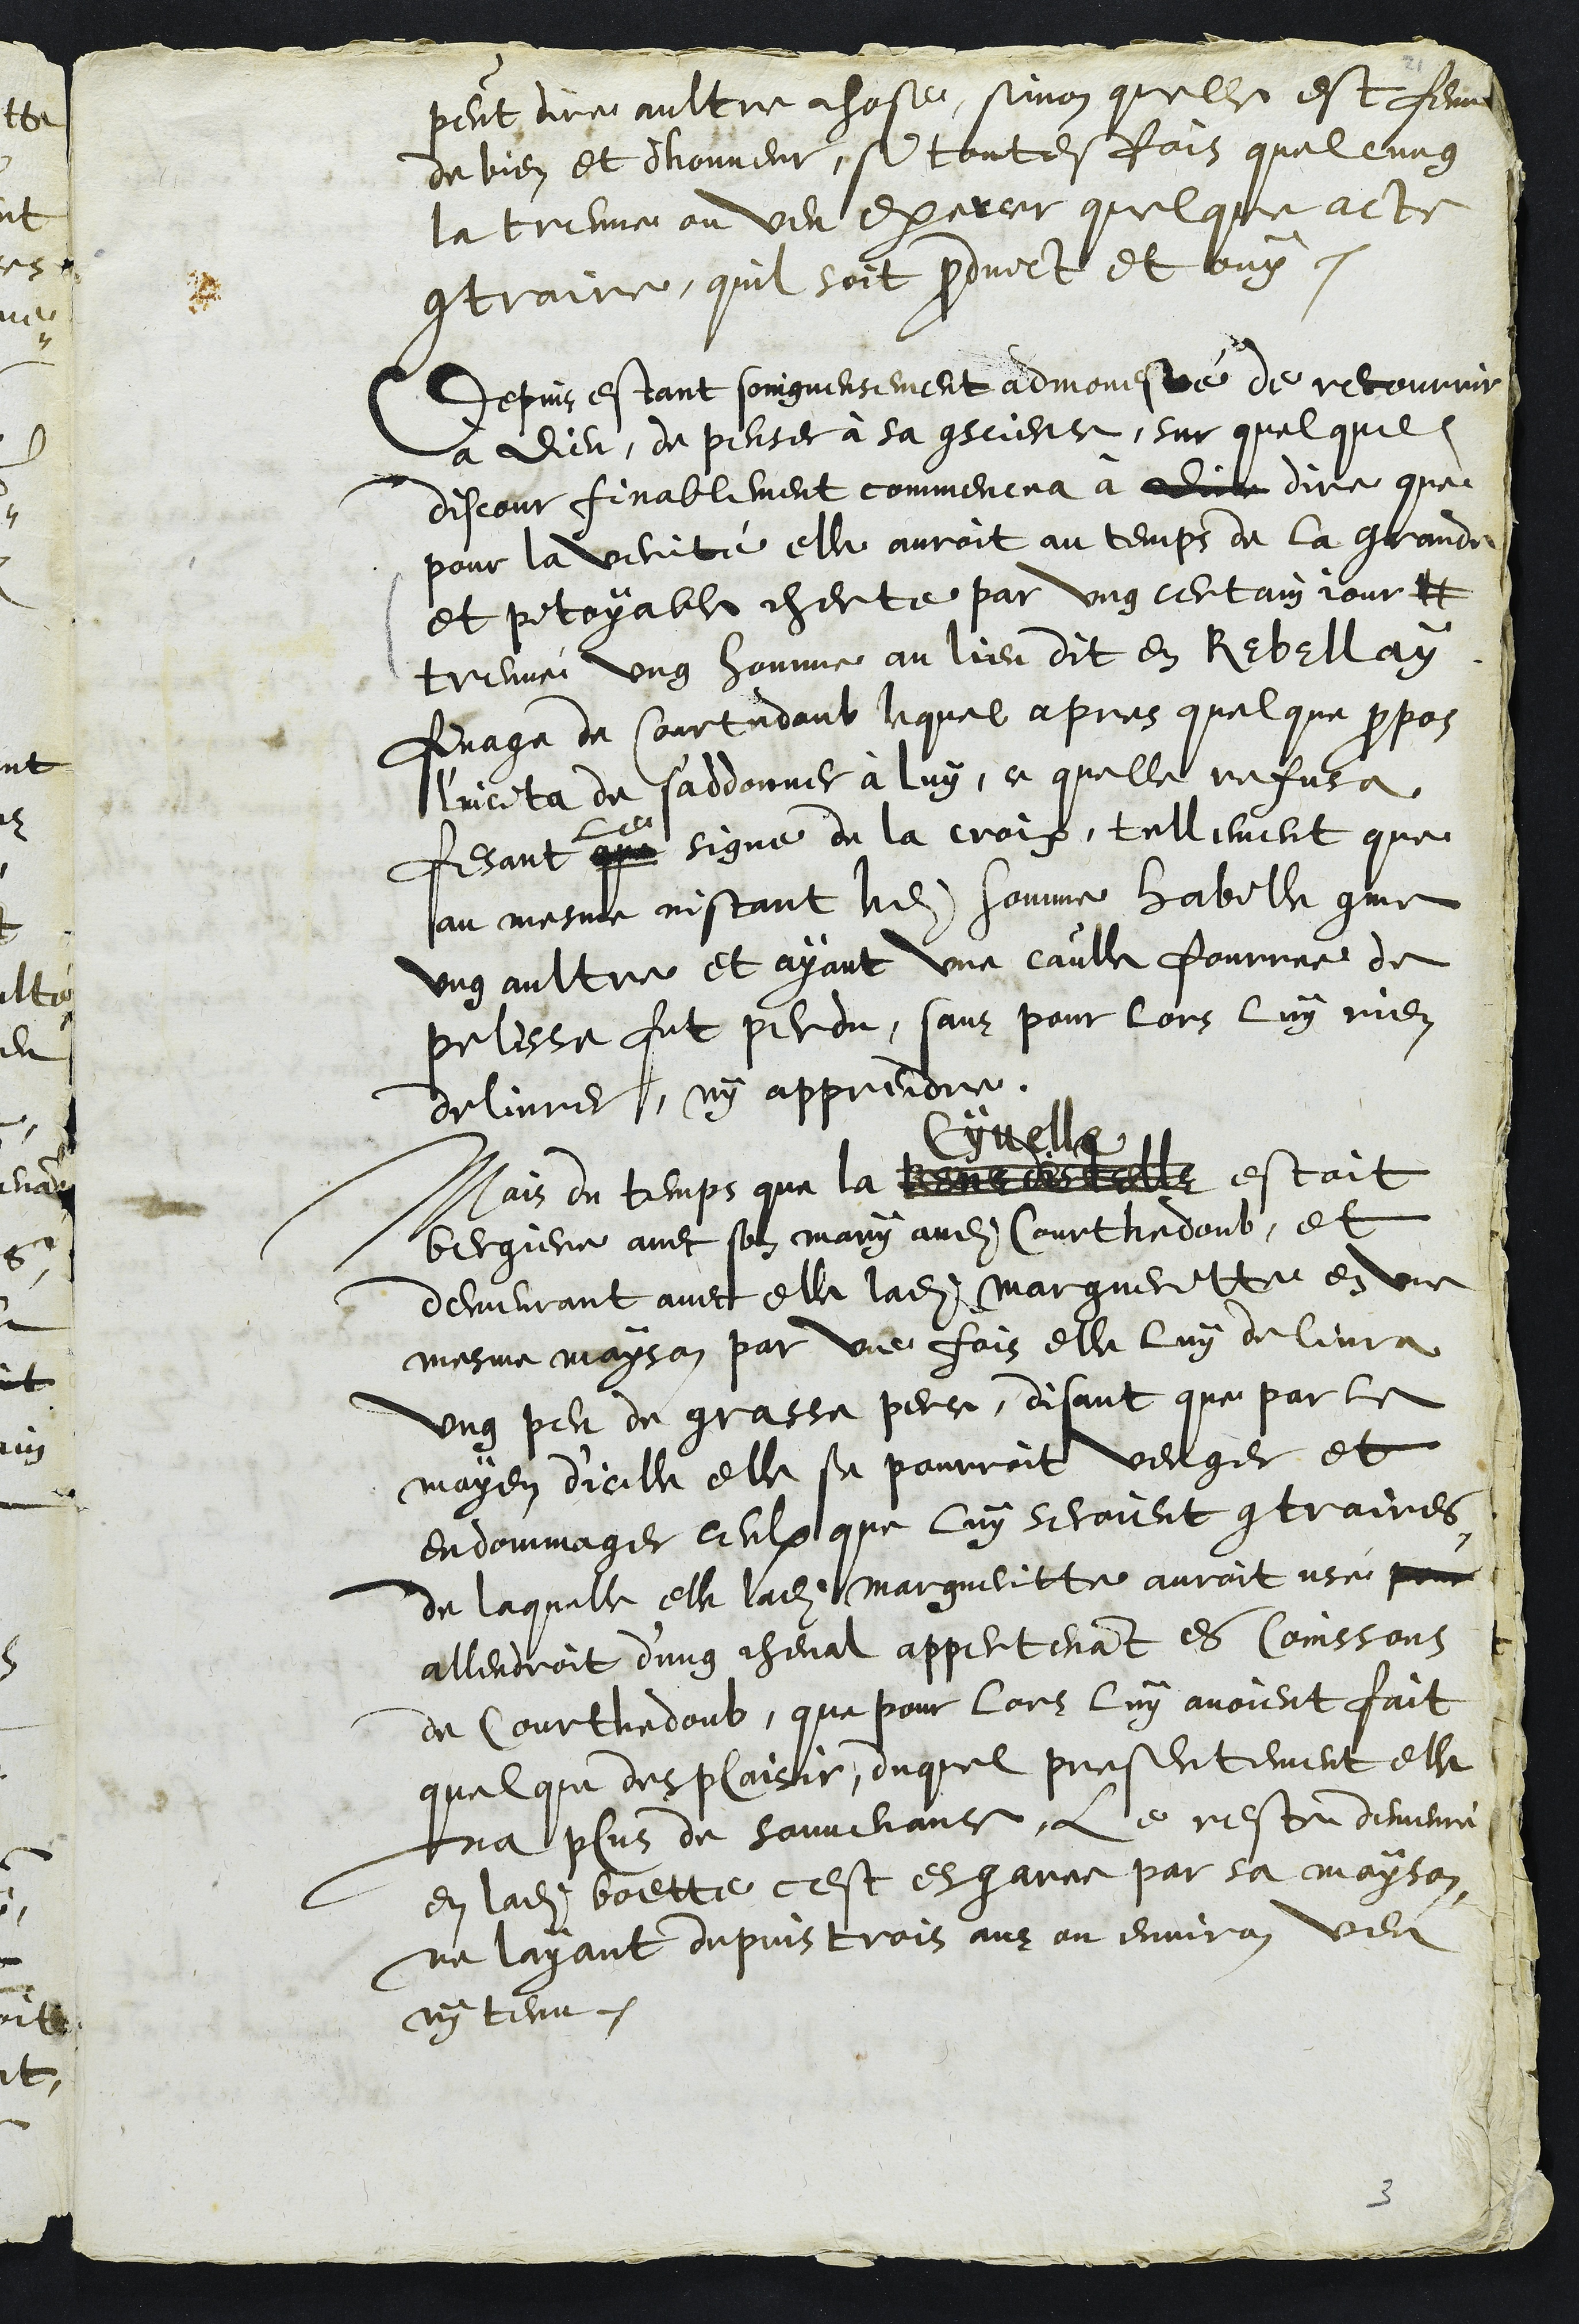
peut dire aultre chose, sinon quelle est femme
de bien et dhonneur, si toutesfois quelcung
la treuve ou veu exercer quelque acte
contraire, quil soit produict et ouy.
Depuis estant soingneusement admonesteé de recourrir
à Dieu, de penser à sa conscience, sur quelque
discour finablement commenca a dict dire que
pour la verité elle auroit au temps de la grande
et pitoyable cherte par ung certain jour t
treuvé ung homme au lieu dit en Rebellay
finage du Courtedoub lequel apres quelque propos
l'incita de s'addonner à luy, ce quelle refusa
fesant
le
que signe de la croix, tellement que
au mesme instant ledit homme habille comme
ung aultre et ayant une caulle fourree de
pelisse fut perdu, sanz pour lors luy rien
delivrer, ny apprendre.
Mais du temps que la soeur discelle
Cyvelle
estoit
bergiere avec son mary audit Courthedoub, et
demeurant avec elle ladite Margueritte en une
mesme mayson par une fois elle luy delivra
ung peu de grasse perce, disant que par le
moyen d'icelle elle se pourroit venger et
endommager ceulx que luy seroint contraires
de laquelle elle ladite Margueritte auroit usé pour
allendroit d’ung cheval appertenant es Coinssons
de Courthedoub, que pour lors luy avoient fait
quelque desplaisir, duquel presentement elle
na plus de ouvenance, Le reste demeuré
en ladite boette cest esgarre par sa mayson
ne layant depuis trois ans ou environ veu
ny tenu.